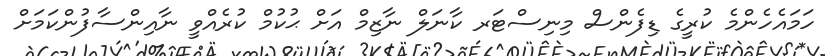
ހަމައެހެންމެ ކުރީގެ ޑިފެންސް މިނިސްޓަރ ކާނަލް ނާޒިމް އަށް ޙުކުމް ކުރެއްވީ ނާއިންސާފުންކަމަށް